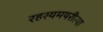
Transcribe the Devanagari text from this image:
रहस्यमयरीत्या